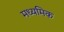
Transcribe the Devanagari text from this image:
मध्यमिक